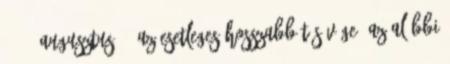
2015. augusztus 2. Az esetleges hosszabbítás vége: Az alábbi